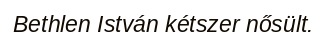
Bethlen István kétszer nősült.